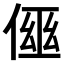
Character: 𠋗